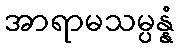
အာရာမသမ္ပန္နံ